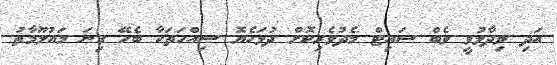
އަދި ވިދާޅުވީ ވެބް ސައިޓް މެދުވެރިކޮށް ދުޅަހެޔޮ ސިއްހަތަކާ ބެހޭ ގިނަ މައުލޫމާތު